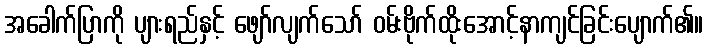
အခေါက်ပြာကို ပျားရည်နှင့် ဖျော်လျက်သော် ဝမ်းဗိုက်ထိုးအောင့်နာကျင်ခြင်းပျောက်၏။